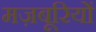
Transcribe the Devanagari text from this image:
मज़बूरियों